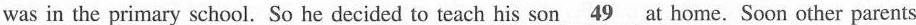
was in the primary school. So he decided to teach his son \underline{49} at home. Soon other parents